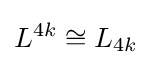
L^{4k}\cong L_{4k}